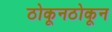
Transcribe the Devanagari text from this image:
ठोकूनठोकून